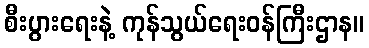
စီးပွားရေးနဲ့ ကုန်သွယ်ရေးဝန်ကြီးဌာန။